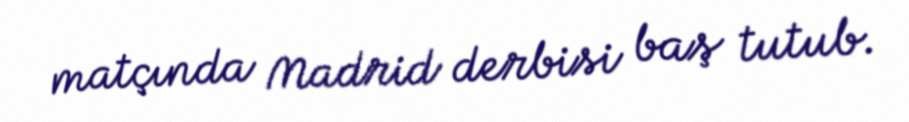
matçında Madrid derbisi baş tutub.